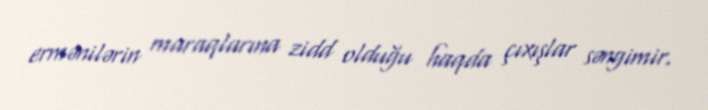
ermənilərin maraqlarına zidd olduğu haqda çıxışlar səngimir.